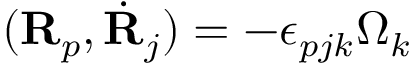
( { \bf R } _ { p } , \dot { \bf R } _ { j } ) = - \epsilon _ { p j k } \Omega _ { k }